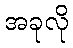
အခုလို